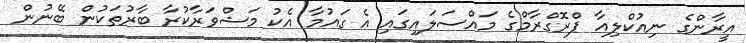
އީރާންގެ ނިއުކްލިއާ ޕްރޮގްރާމްގެ މައްސަލައިގައި އެ ގައުމާ އެކު މަޝްވަރާކުރާ ބާރުތަކުން ބޭނުން